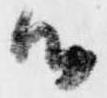
候